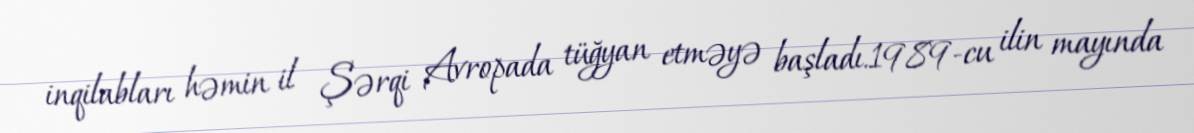
inqilabları həmin il Şərqi Avropada tüğyan etməyə başladı.1989-cu ilin mayında